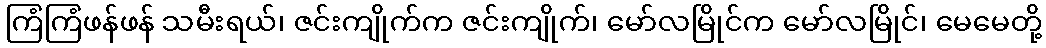
ကြံကြံဖန်ဖန် သမီးရယ်၊ ဇင်းကျိုက်က ဇင်းကျိုက်၊ မော်လမြိုင်က မော်လမြိုင်၊ မေမေတို့